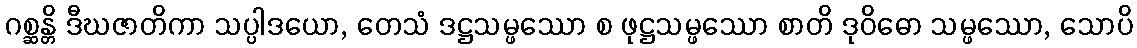
ဂစ္ဆန္တိ ဒီဃဇာတိကာ သပ္ပါဒယော, တေသံ ဒဋ္ဌသမ္ဖဿော စ ဖုဋ္ဌသမ္ဖဿော စာတိ ဒုဝိဓော သမ္ဖဿော, သောပိ